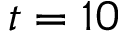
t = 1 0